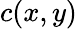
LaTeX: c(x,y)